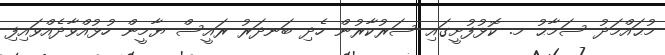
މުޙައްމަދު ސަމާޙު މ. ކޮޅުފުށީގައި ސަރުކާރުން ހެދި ބަނދަރު ރައީސް ޔާމީން ހުޅުއްވާދެއްވައިފި